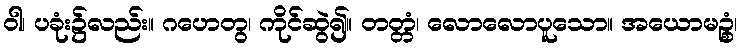
ဝါ၊ ပခုံး၌လည်း။ ဂဟေတွ၊ ကိုင်ဆွဲ၍။ တတ္တံ၊ လောလောပူသော။ အယောမဉ္စံ၊